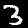
Label: 3